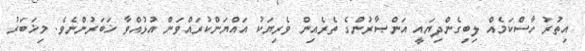
އިތުރު ހާސްކަމެއް ލިބިގެންދިޔައީ އަންޞާރުންގެ ތެރެއިން ވެރިޔަކު އައްޔަންކުރައްވަން އުޅުއްވާ ޚަބަރުންނެވެ. މިޚަބަރު